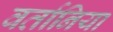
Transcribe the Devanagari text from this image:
वर्तानिया